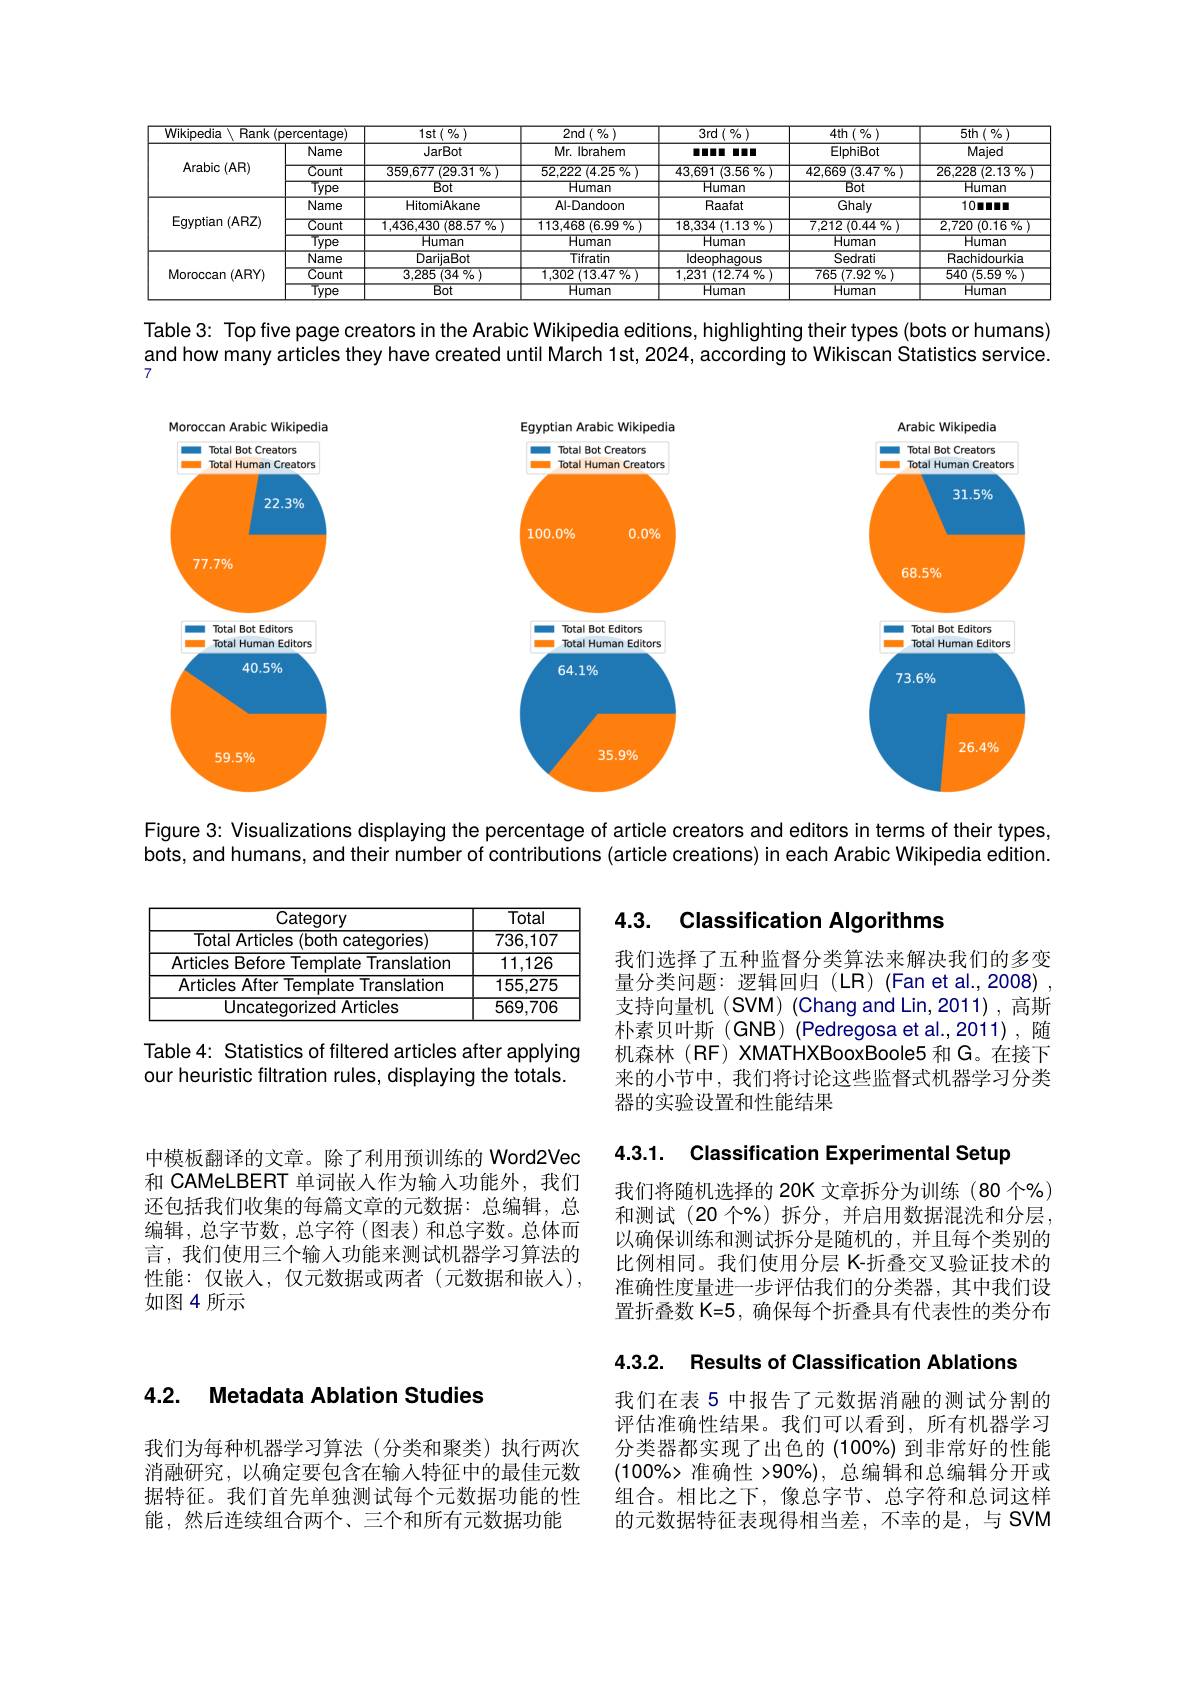
<table>
	<tbody>
		<tr>
			<th colspan="2">$Wikipedia\ R$ Rank (percentaqe)</th>
			<th rowspan="2">$1\operatorname{st}\left(\begin{array}{c}{0/_{0}}\\\end{array}\right)$ JarBot</th>
			<th rowspan="2">2nd$\left(\begin{smallmatrix}{0/}\\{0}\end{smallmatrix}\right)$ Mr. Ibrahem</th>
			<th rowspan="2">3rd$(\%)$ Innn I DID</th>
			<th rowspan="2">4th$\left(\begin{array}{c}{0/_{0}}\\\end{array}\right)$ ElphiBot</th>
			<th rowspan="2">5th$\left(\begin{array}{c}{0/_{0}}\\\end{array}\right)$ Majed</th>
		</tr>
		<tr>
			<th rowspan="3">${\mathrm{Arabic}}\left({\mathrm{AR}}\right)$</th>
			<th>Name</th>
		</tr>
		<tr>
			<td>Count</td>
			<td>359.677(29.31%)</td>
			<td>$52.222(4.25\%)$</td>
			<td>$43.691(3.56\%)$</td>
			<td>$42,669(3.47\%)$</td>
			<td>26,228 (2.13 $\%$</td>
		</tr>
		<tr>
			<td>$1ype$</td>
			<td>Bot</td>
			<td>Human</td>
			<td>Human</td>
			<td>Bot</td>
			<td>Human</td>
		</tr>
		<tr>
			<td rowspan="3">Egyptian (ARZ)</td>
			<td>Name</td>
			<td>HitomiAkane</td>
			<td>Al-Dandoon</td>
			<td>Raafat</td>
			<td>Ghaly</td>
			<td>10nnn</td>
		</tr>
		<tr>
			<td>Count</td>
			<td>$1.436,430(88.57\%$</td>
			<td>$113.468(6.99\%)$</td>
			<td>$18.334(1.13\%)$</td>
			<td>$7.212\left(0.44\%\right)$</td>
			<td>$2,720\left(0.16\%\right)$</td>
		</tr>
		<tr>
			<td>$1ype$</td>
			<td>Human</td>
			<td>Human</td>
			<td>Human</td>
			<td>Human</td>
			<td>Human</td>
		</tr>
		<tr>
			<td rowspan="3">Moroccan (ARY)</td>
			<td>Name</td>
			<td>DarijaBot</td>
			<td>Tifratin</td>
			<td>Ideophaqous</td>
			<td>Sedrati</td>
			<td>Rachidourkia</td>
		</tr>
		<tr>
			<td>Count</td>
			<td>$3.285(34\%)$</td>
			<td>$1,302\left(13.47\%\right)$</td>
			<td>1.231 $( 12. 74\% )$</td>
			<td>$765\left(7.92\%\right)$</td>
			<td>540 (5.59%)</td>
		</tr>
		<tr>
			<td>Type</td>
			<td>Bot</td>
			<td>Human</td>
			<td>Human</td>
			<td>Human</td>
			<td>Human</td>
		</tr>
	</tbody>
</table>

Table 3: Top five page creators in the Arabic Wikipedia editions, highlighting their types (bots or humans) and how many articles they have created until March 1st, 2024, according to Wikiscan Statistics service. 7

<FigureHere>

Figure 3: Visualizations displaying the percentage of article creators and editors in terms of their types,

bots, and humans, and their number of contributions (article creations) in each Arabic Wikipedia edition.

## 4.3. Classification Algorithms

<table>
	<tbody>
		<tr>
			<th>Category</th>
			<th>Total</th>
		</tr>
		<tr>
			<td>Total Articles (both categories)</td>
			<td>736,107</td>
		</tr>
		<tr>
			<td>Articles Before Template Translation</td>
			<td>11,126</td>
		</tr>
		<tr>
			<td>Articles After Template Translation</td>
			<td>155.275</td>
		</tr>
		<tr>
			<td>Uncateqorized Articles</td>
			<td>569,706</td>
		</tr>
	</tbody>
</table>

我们选择了五种监督分类算法来解决我们的多变量分类问题：逻辑回归(LR)(Fanetal.,2008). 支持向量机(SVM)(Chang and Lin,2011),高斯朴素贝叶斯(GNB)(Pedregosa et al.,2011),随机森林(RF) XMATHXBooxBoole5 和 G。在接下来的小节中，我们将讨论这些监督式机器学习分类器的实验设置和性能结果

Table 4: Statistics of filtered articles after applying
our heuristic filtration rules, displaying the totals.

4.3.1. Classification Experimental Setup

中模板翻译的文章。除了利用预训练的 Word2Vec 和 CAMeLBERT 单词嵌人作为输入功能外，我们还包括我们收集的每篇文章的元数据：总编辑，总编辑，总字节数，总字符(图表)和总字数。总体而言，我们使用三个输入功能来测试机器学习算法的性能：仅嵌入，仅元数据或两者(元数据和嵌人), 如图4所示

我们将随机选择的 20K 文章拆分为训练(80 个%) 和测试(20 个%)拆分，并启用数据混洗和分层， 以确保训练和测试拆分是随机的，并且每个类别的比例相同。我们使用分层 K-折叠交叉验证技术的准确性度量进一步评估我们的分类器，其中我们设置折叠数 K=5, 确保每个折叠具有代表性的类分布

4.3.2. Results of Classification Ablations

## 4.2. Metadata Ablation Studies

我们在表 5 中报告了元数据消融的测试分割的评估准确性结果。我们可以看到，所有机器学习分类器都实现了出色的(100%)到非常好的性能$(100\%>$准确性 >90%), 总编辑和总编辑分开或组合。相比之下，像总字节、总字符和总词这样的元数据特征表现得相当差，不幸的是，与 SVM

我们为每种机器学习算法(分类和聚类)执行两次消融研究，以确定要包含在输入特征中的最佳元数据特征。我们首先单独测试每个元数据功能的性能，然后连续组合两个、三个和所有元数据功能